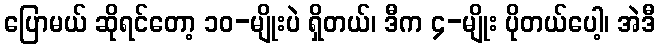
ပြောမယ် ဆိုရင်တော့ ၁၀-မျိုးပဲ ရှိတယ်၊ ဒီက ၄-မျိုး ပိုတယ်ပေါ့၊ အဲဒီ